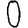
Digit: 0